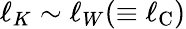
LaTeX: \ell_{K}\sim\ell_{W}(\equiv\ell_{\mathrm{{C}}})